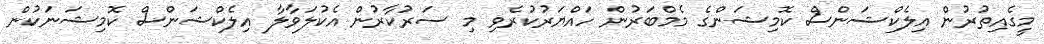
މީގެއިތުރުން އިލެކްޝަންސް ކޮމިޝަންގެ މެމްބަރުން ހައްޔަރުކުރެވި މި ސަރުކާރުން އެކުލަވާލާ އިލެކްޝަންސް ކޮމިޝަނަކުން